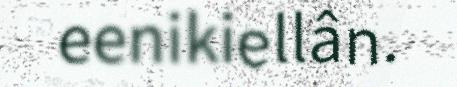
eenikiellân.